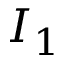
I _ { 1 }